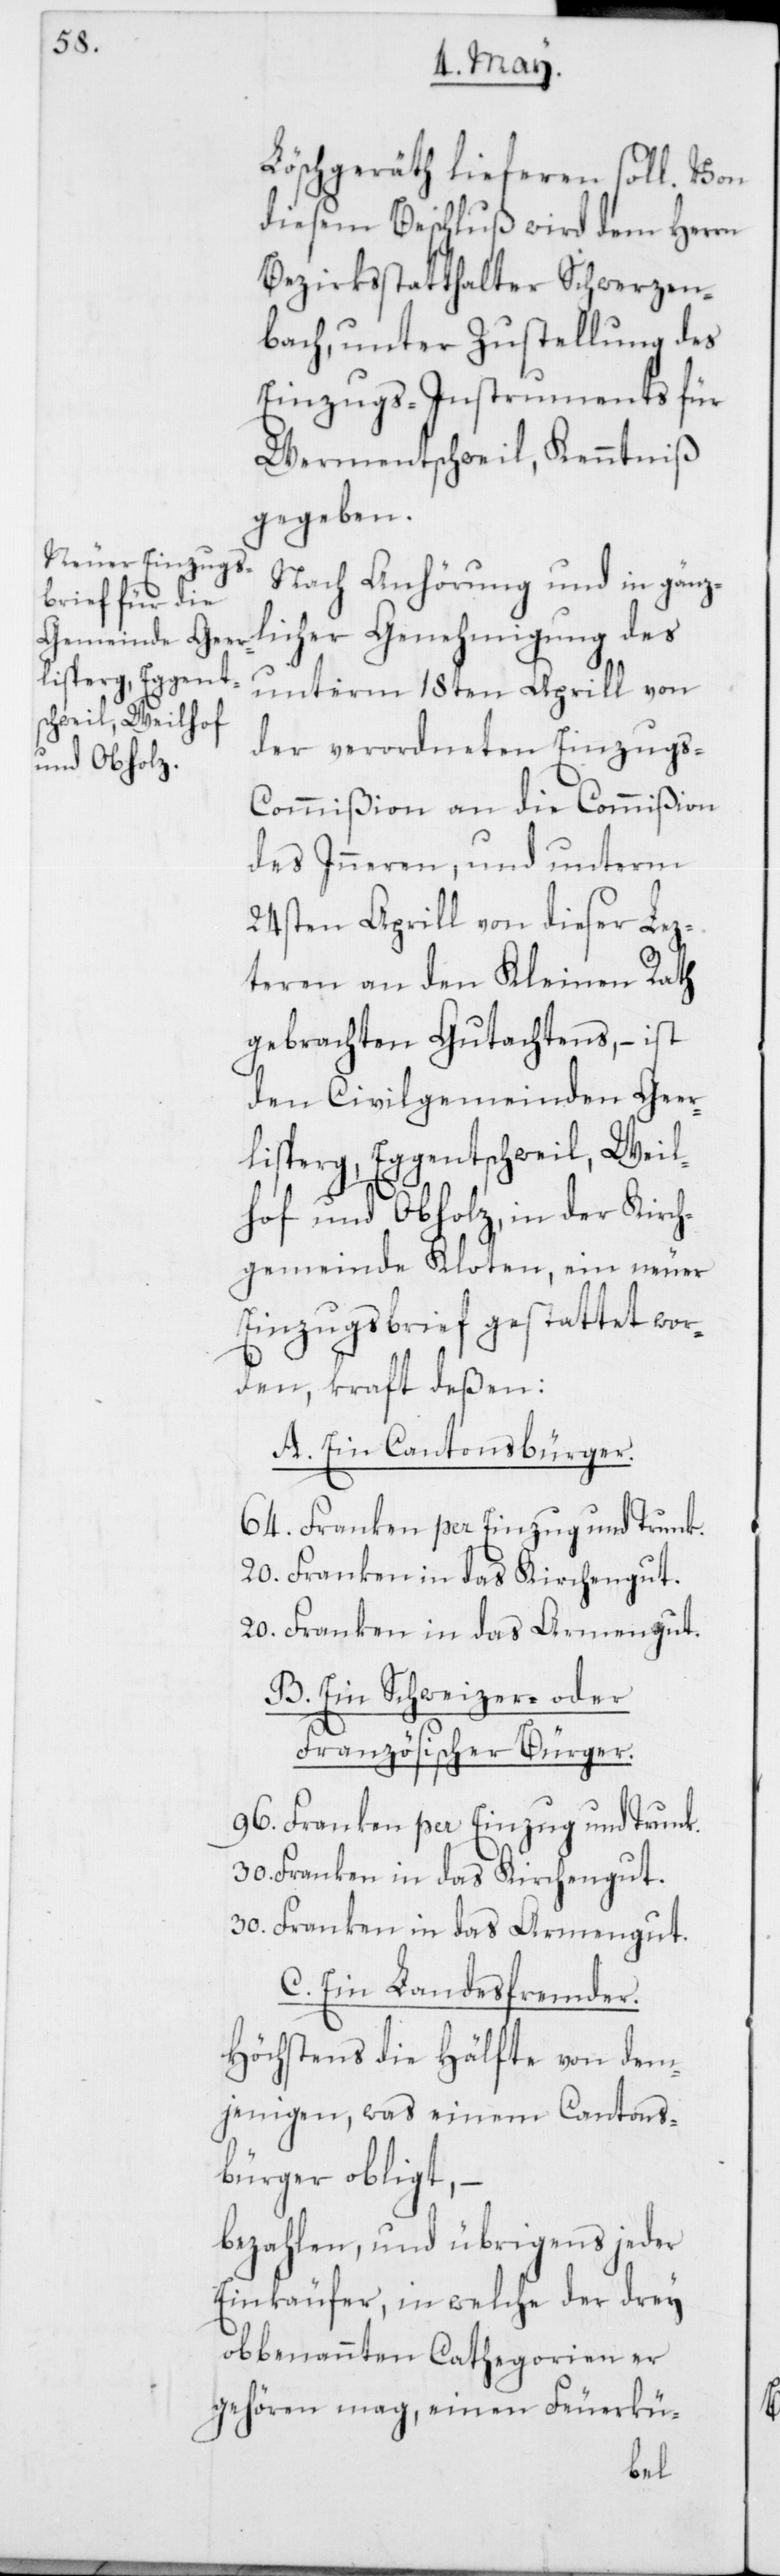
Löschgeräth lieferen soll.
diesem Beschluß wird dem Herrn
Bezirksstatthalter Schwerzen¬
bach, unter Zustellung des
Einzugs-Instruments für
Wermentschweil, Kenntniß
gegeben.
Nach Anhörung und in gänz¬
licher Genehmigung des
unterm 18ten Aprill von
der verordneten Einzug¬
s-Commißion an die Commißion
des Inneren, und unterm
24sten Aprill von dieser Lez¬
teren an den Kleinen Rath
gebrachten Gutachtens, – ist
den Civilgemeinden Geer¬
lisperg, Eggentschweil, Weil¬
hof und Obholz, in der Kirch¬
gemeinde Kloten, ein neuer
Einzugsbrief gestattet wor¬
den, kraft deßen:
A. Ein Cantonsbürger.
64. Franken per Einzug und Trunk.
20. Franken in das Kirchengut.
20. Franken in das Armengut.
B. Ein Schweizer- oder
Französischer Bürger.
96. Franken per Einzug und Trunk.
30. Franken in das Kirchengut.
30. Franken in das Armengut.
C. Ein Landesfremder.
Höchstens die Hälfte von dem¬
jenigen, was einem Cantons¬
bürger obligt, –
bezahlen, und übrigens jeder
Einkäufer, in welche der drey
obbenannten Cathegorien er
gehören mag, einen Feuerkü-